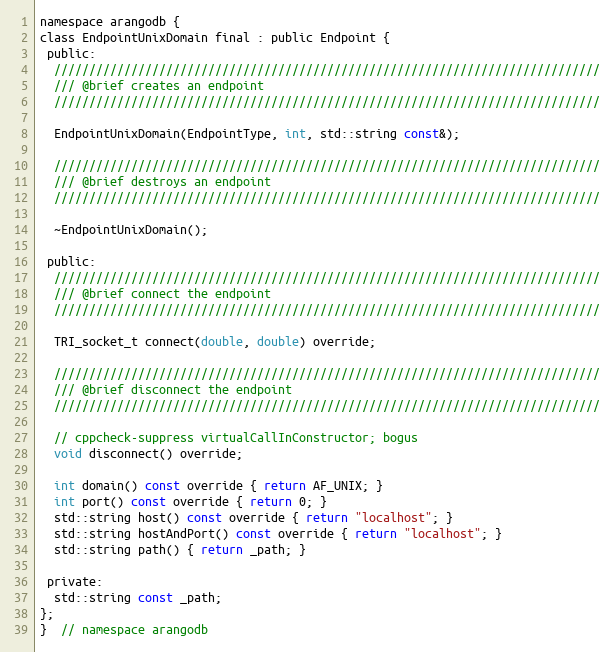
Language: C
namespace arangodb {
class EndpointUnixDomain final : public Endpoint {
 public:
  //////////////////////////////////////////////////////////////////////////////
  /// @brief creates an endpoint
  //////////////////////////////////////////////////////////////////////////////

  EndpointUnixDomain(EndpointType, int, std::string const&);

  //////////////////////////////////////////////////////////////////////////////
  /// @brief destroys an endpoint
  //////////////////////////////////////////////////////////////////////////////

  ~EndpointUnixDomain();

 public:
  //////////////////////////////////////////////////////////////////////////////
  /// @brief connect the endpoint
  //////////////////////////////////////////////////////////////////////////////

  TRI_socket_t connect(double, double) override;

  //////////////////////////////////////////////////////////////////////////////
  /// @brief disconnect the endpoint
  //////////////////////////////////////////////////////////////////////////////

  // cppcheck-suppress virtualCallInConstructor; bogus
  void disconnect() override;

  int domain() const override { return AF_UNIX; }
  int port() const override { return 0; }
  std::string host() const override { return "localhost"; }
  std::string hostAndPort() const override { return "localhost"; }
  std::string path() { return _path; }

 private:
  std::string const _path;
};
}  // namespace arangodb